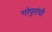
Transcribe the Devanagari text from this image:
गोपुरांची